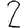
Digit: 2